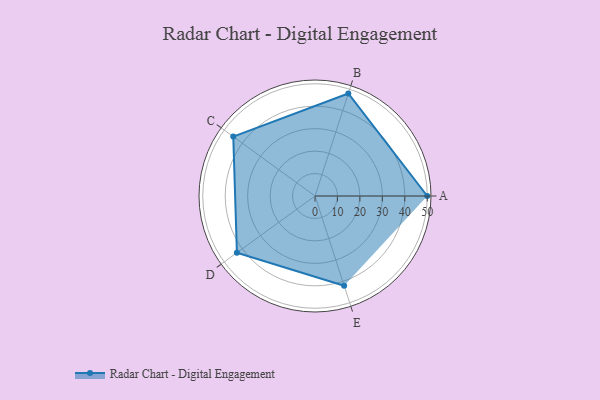
{"axis": {"x": "Skill", "y": "Score"}, "legend": ["Profile"], "data": [{"x": "A", "y": 50.0, "type": "Profile"}, {"x": "B", "y": 48.0, "type": "Profile"}, {"x": "C", "y": 45.0, "type": "Profile"}, {"x": "D", "y": 43.0, "type": "Profile"}, {"x": "E", "y": 42.0, "type": "Profile"}]}